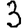
Digit: 3